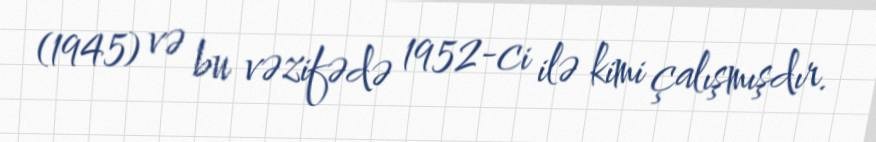
(1945) və bu vəzifədə 1952-ci ilə kimi çalışmışdır.